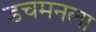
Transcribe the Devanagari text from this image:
डचमनला